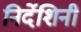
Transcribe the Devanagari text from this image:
निर्देशिनी